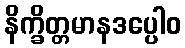
နိက္ခိတ္တမာနဒပ္ပေါဝ